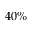
4 0 \%